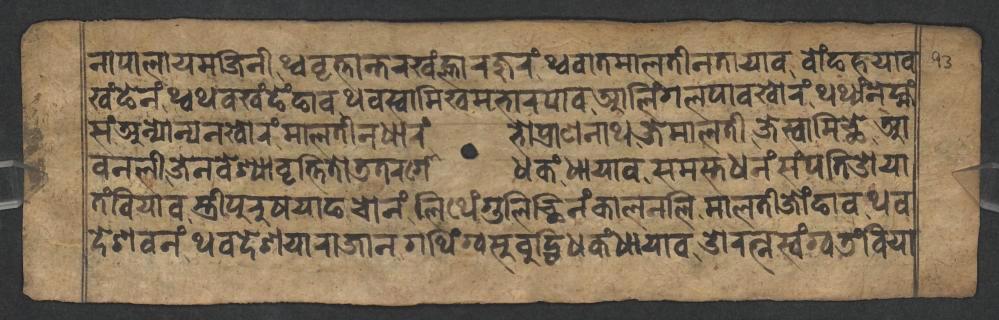
𑐣𑐵𑐥𑐵𑐮𑐵𑐫𑐩𑐖𑐶𑐣𑐷𑐠𑑂𑐰𑐰𑐺𑐟𑑂𑐟𑐵𑐣𑑂𑐟𑐬𑐏𑑄𑐮𑑂𑐴𑐵𑐬𑐖𑐸𑐬𑑄𑐠𑑂𑐰𑐰𑐵𑐟𑐩𑐵𑐮𑐟𑐷𑐣𑐟𑐵𑐫𑐵𑐰𑐧𑑀𑑄𑐒𑐴𑐫𑐵𑐰 𑐏𑑄𑐒𑐾𑐣𑑄𑐠𑑂𑐰𑐠𑐰𑐏𑑄𑐒𑐾𑑄𑐒𑐵𑐰𑐠𑐰𑐳𑑂𑐰𑐵𑐩𑐶𑐏𑐩𑐨𑐵𑐬𑐥𑐵𑐰𑐁𑐮𑐶𑑄𑐐𑐮𑐥𑐵𑐰𑐏𑑀𑐬𑑄𑐠𑐠𑑂𑐫𑑄𑐣𑐾𑐩𑑂𑐴𑑄 𑐳𑑄𑐀𑐣𑑂𑐫𑑀𑐣𑑂𑐫𑐣𑐏𑑀𑐬𑑄𑐩𑐵𑐮𑐟𑐷𑐣𑐢𑐵𑐬𑑄𑐨𑑀𑐥𑑂𑐬𑐵𑐞𑐣𑐵𑐠𑐖𑐾𑐩𑐵𑐮𑐟𑐷𑐖𑐾𑐳𑑂𑐰𑐵𑐩𑐶𑐕𑐾𑐁 𑐰𑐣𑐮𑐶𑐖𑐾𑐣𑐰𑐾𑐱𑑂𑐫𑐵𑐰𑐺𑐟𑑂𑐟𑐶𑐟𑑀𑐜𑐟𑐬𑐐𑑀𑐢𑐎𑑄𑐢𑐵𑐫𑐵𑐰𑐳𑐩𑐳𑑂𑐟𑐢𑐣𑑄𑐳𑑄𑐥𑐟𑑂𑐟𑐶𑐌𑐫𑐵 𑐟𑑄𑐧𑐶𑐫𑐵𑐰𑐳𑑂𑐟𑑂𑐬𑐷𑐥𑐸𑐬𑐸𑐲𑐫𑐵𑐒𑐔𑑀𑐣𑑄𑐮𑐶𑐠𑐾𑑄𑐐𑐸𑐮𑐶𑐕𑐶𑐣𑑄𑐎𑐵𑐮𑐣𑐮𑐶𑐩𑐵𑐮𑐟𑐷𑐖𑑀𑑄𑐒𑐵𑐰𑐠𑐰 𑐡𑐾𑐱𑐰𑐣𑑄𑐠𑐰𑐡𑐾𑐱𑐫𑐵𑐬𑐵𑐖𑐵𑐣𑐐𑐠𑐶𑑄𑐐𑑂𑐰𑐳𑐸𑐧𑐸𑐡𑑂𑐢𑐶𑐢𑐎𑑄𑐢𑐵𑐫𑐵𑐰𑐌𑐬𑐟𑑂𑐣𑐳𑑂𑐰𑑄𑐐𑑂𑐰𑐜𑑄𑐧𑐶𑐫𑐵